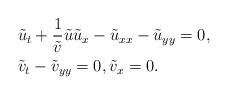
LaTeX: \begin{align*}&\tilde u_t+\frac1{\tilde v}\tilde u\tilde u_x-\tilde u_{xx}-\tilde u_{yy}=0,\\&\tilde v_t-\tilde v_{yy}=0,\tilde v_x=0.\end{align*}